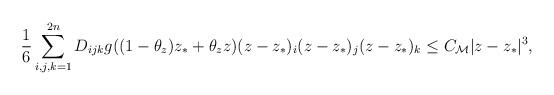
LaTeX: \begin{align*} \frac{1}{6} \sum \limits _{i,j,k=1}^{2n} D_{ijk} g((1-\theta _z) z_*+\theta _z z)(z-z_*)_i(z-z_*)_j(z-z_*)_k \leq C_\mathcal{M} |z-z_*|^3,\end{align*}